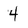
Character: 4